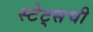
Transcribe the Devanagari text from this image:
स्टेट्‌सची